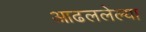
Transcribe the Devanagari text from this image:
आढललेल्या